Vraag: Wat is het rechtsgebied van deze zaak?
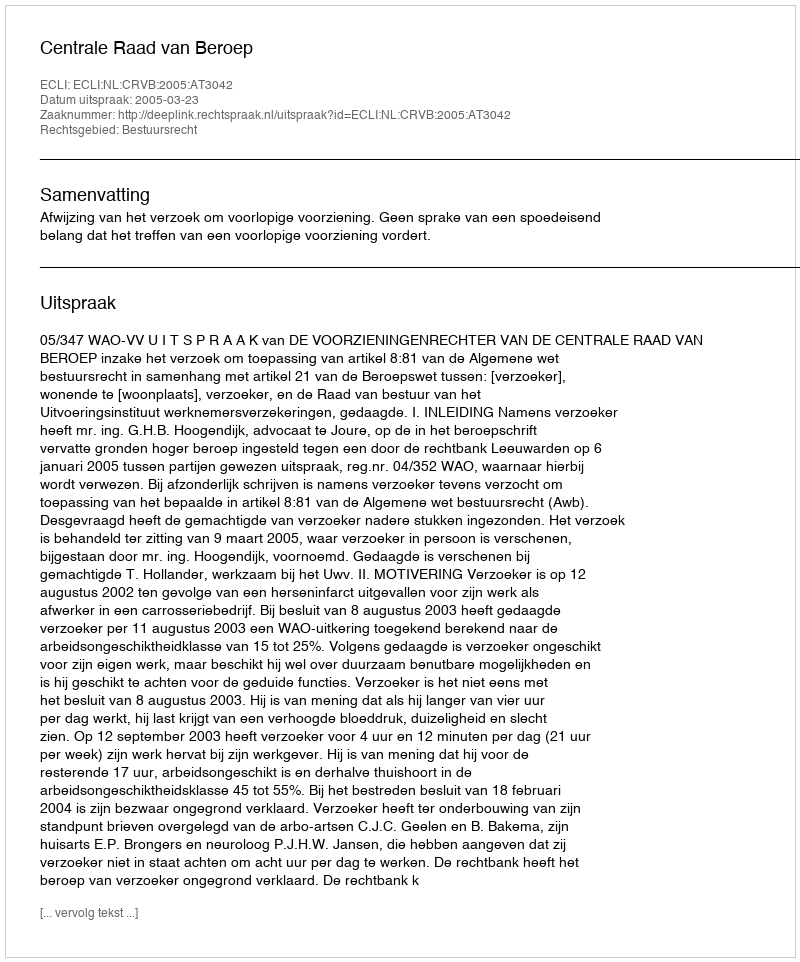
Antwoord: Bestuursrecht